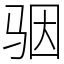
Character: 骃